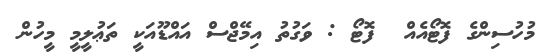
މުހުސިންގެ ފޮޓޯއެއް  ފޮޓޯ : ވަގުތު އިމޭޖްސް އައްޑޫއަކީ ތަޢުލީމީ މީހުން